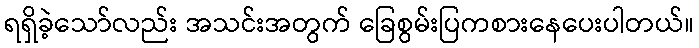
ရရှိခဲ့သော်လည်း အသင်းအတွက် ခြေစွမ်းပြကစားနေပေးပါတယ်။